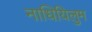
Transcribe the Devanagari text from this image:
नाधियिलुम